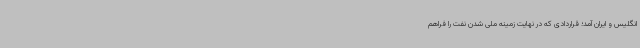
انگلیس و ایران آمد؛ قراردادی که در نهایت زمینه ملی شدن نفت را فراهم